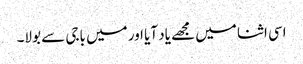
اسی اثنا میں مجھے یاد آیا اور میں باجی سے بولا۔